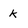
Character: k